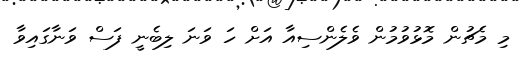
މި މެޗުން މޮޅުވުމުން ވެލެންސިއާ އަށް ހަ ވަނަ ލިބެނީ ފަސް ވަނާގައިވާ